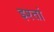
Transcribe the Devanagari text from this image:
इश्तां